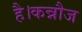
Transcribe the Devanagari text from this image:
है।कन्नौज